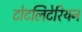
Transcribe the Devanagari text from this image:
टोटलिटेरियन